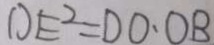
D E ^ { 2 } = D O \cdot O B